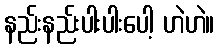
နည်းနည်းပါးပါးပေါ့ ဟဲဟဲ။